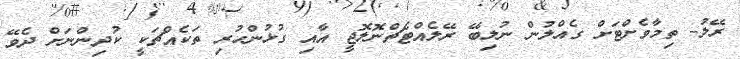
ރޭލު- ތިމާވެށްޓަށް ގެއްލުން ނުލިބޭ ރޭލެއްޓެޗްނޮލޮޖީ އާއި ގުޅުންހުރި ތަކެއްޗަކީ ކުދިންނަށް ދެވޭ